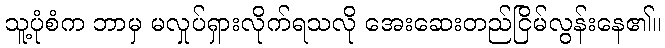
သူ့ပုံစံက ဘာမှ မလှုပ်ရှားလိုက်ရသလို အေးဆေးတည်ငြိမ်လွန်းနေ၏။